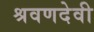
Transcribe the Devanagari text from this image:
श्रवणदेवी